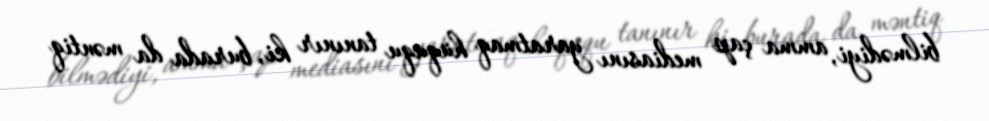
bilmədiyi, amma çap mediasını yaratmaq hüququ tanınır ki, burada da məntiq